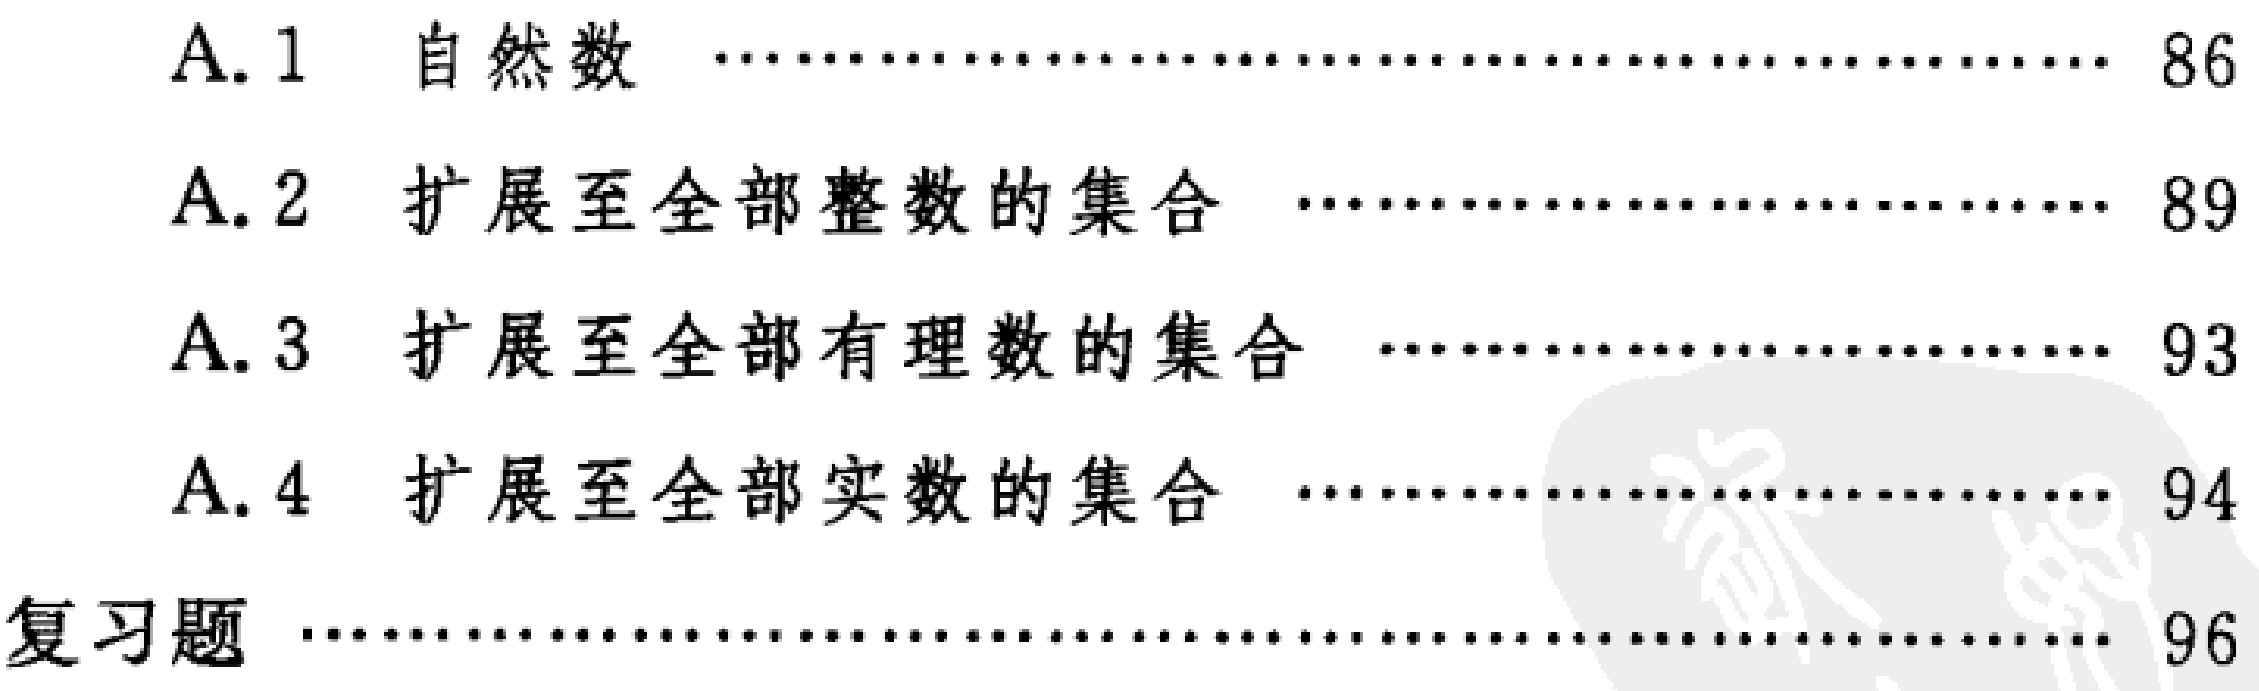
\begin{enumerate}[A.]

\item 1 自然数 \dotfill 86

\item 2 扩展至全部整数的集合 \dotfill 89

\item 3 扩展至全部有理数的集合 \dotfill 93

\item 4 扩展至全部实数的集合 \dotfill 94

\end{enumerate}

复习题 \dotfill 96